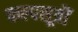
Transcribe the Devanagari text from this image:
कल्पसूत्रौं